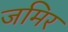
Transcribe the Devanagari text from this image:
जमिर